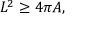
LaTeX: L ^ { 2 } \geq 4 \pi A ,